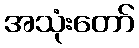
အသုံးတော်